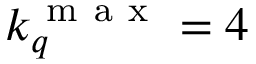
k _ { q } ^ { \mathrm { ~ m ~ a ~ x ~ } } = 4